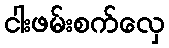
ငါးဖမ်းစက်လှေ